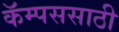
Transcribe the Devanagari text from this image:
कॅम्पससाठी